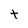
Character: t